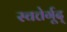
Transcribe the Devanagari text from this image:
स्चत्तेर्गूद्